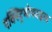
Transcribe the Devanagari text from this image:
एक्स्ट्रिमोफाइल